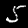
Digit: 5